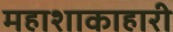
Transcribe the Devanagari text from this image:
महाशाकाहारी